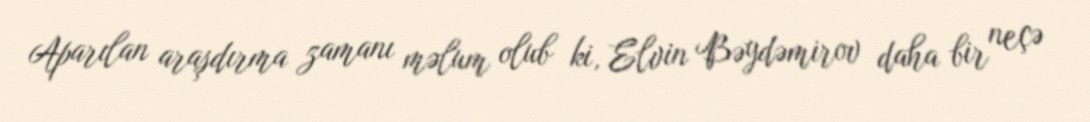
Aparılan araşdırma zamanı məlum olub ki, Elvin Bəydəmirov daha bir neçə